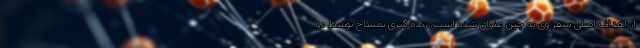
از اهداف اصلی سفر وی به چین عنوان شده است. زنده گیری تمساح توسط دو